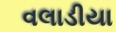
વલાડીયા